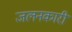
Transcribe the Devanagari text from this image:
जलनकारी